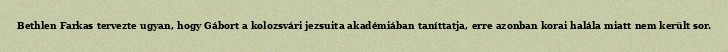
Bethlen Farkas tervezte ugyan, hogy Gábort a kolozsvári jezsuita akadémiában taníttatja, erre azonban korai halála miatt nem került sor.